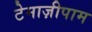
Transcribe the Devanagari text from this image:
टेमाज़ीपाम